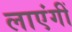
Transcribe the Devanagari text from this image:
लाएंगीं